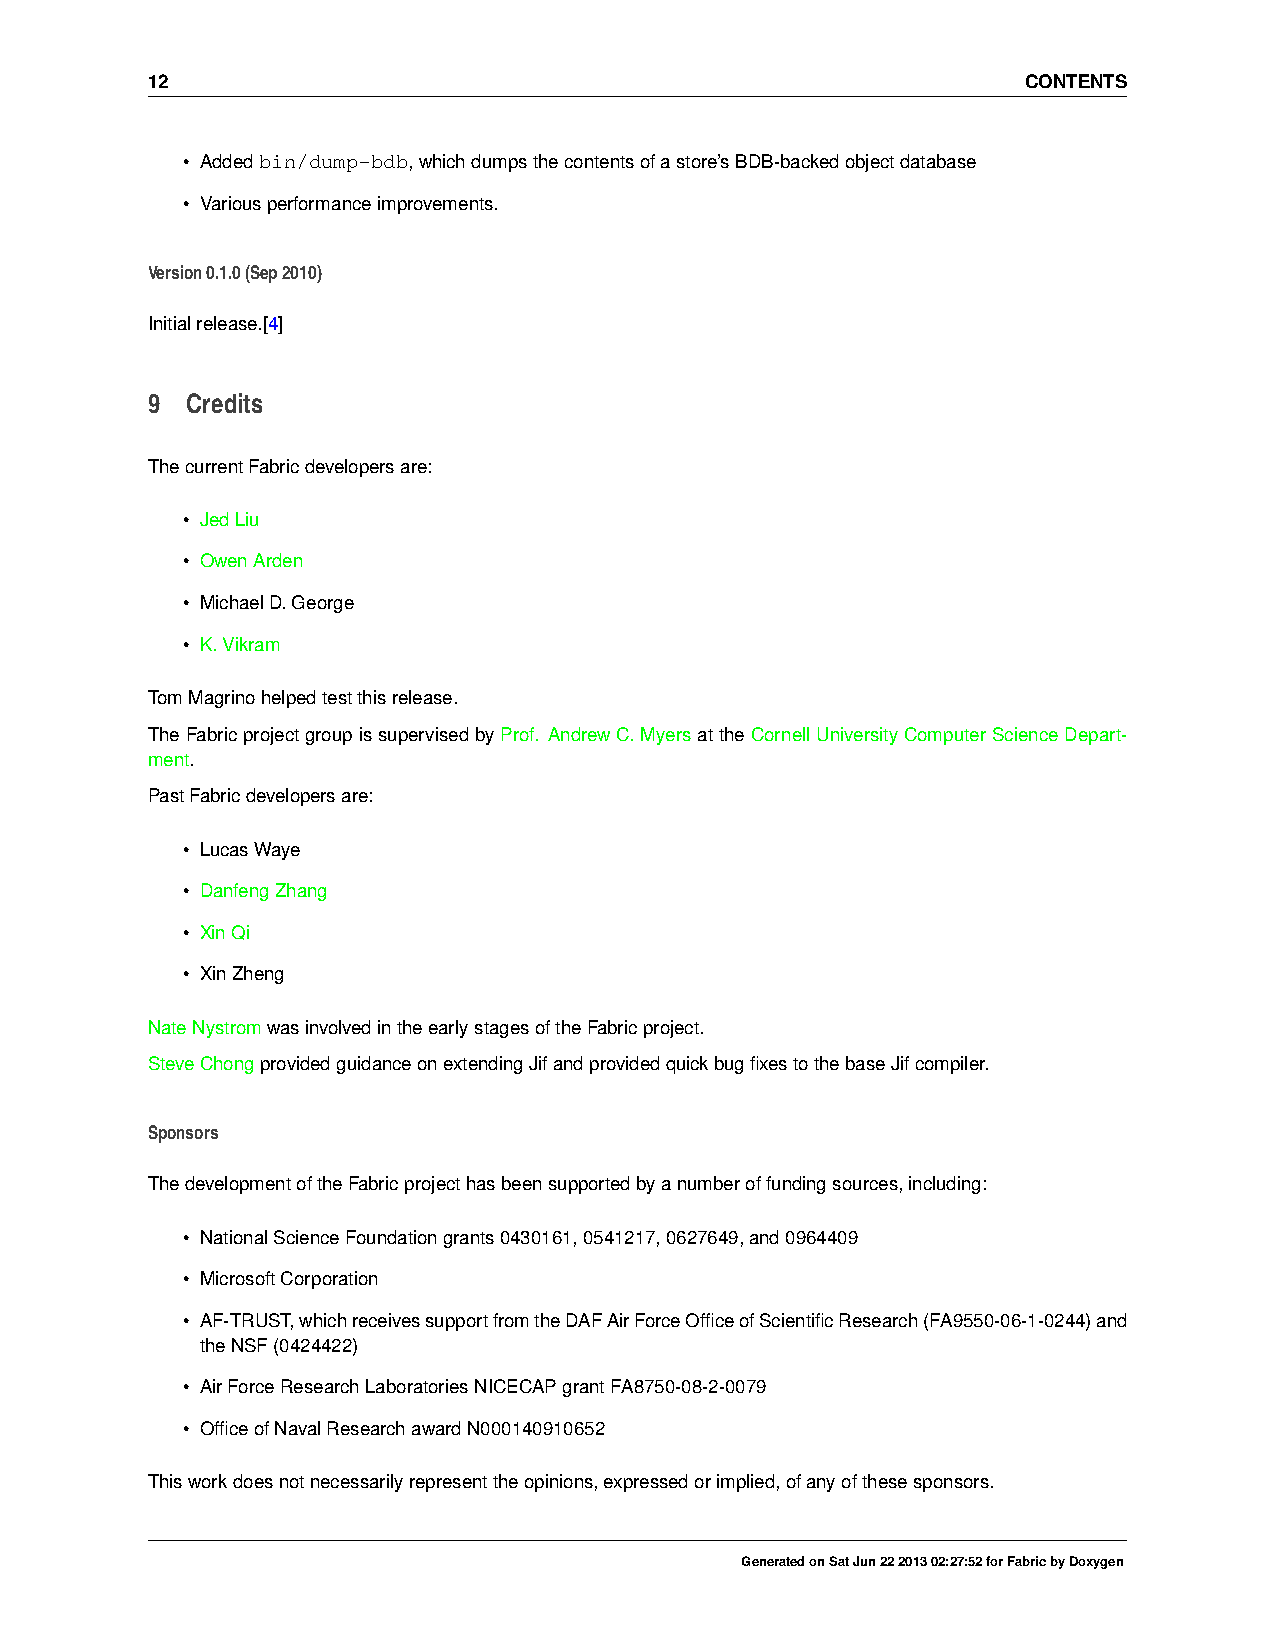
12                                                        CONTENTS
 • Addedbin/dump-bdb,whichdumpsthecontentsofastore’sBDB-backedobjectdatabase
 • Variousperformanceimprovements.
 Version0.1.0(Sep2010)
 Initialrelease.[4]
 9 Credits
 ThecurrentFabricdevelopersare:
 • JedLiu
 • OwenArden
 • MichaelD.George
 • K.Vikram
 TomMagrinohelpedtestthisrelease.
 TheFabricprojectgroupissupervisedbyProf. AndrewC.MyersattheCornellUniversityComputerScienceDepart-
 ment.
 PastFabricdevelopersare:
 • LucasWaye
 • DanfengZhang
 • XinQi
 • XinZheng
 NateNystromwasinvolvedintheearlystagesoftheFabricproject.
 SteveChongprovidedguidanceonextendingJifandprovidedquickbugfixestothebaseJifcompiler.
 Sponsors
 ThedevelopmentoftheFabricprojecthasbeensupportedbyanumberoffundingsources,including:
 • NationalScienceFoundationgrants0430161,0541217,0627649,and0964409
 • MicrosoftCorporation
 • AF-TRUST,whichreceivessupportfromtheDAFAirForceOfficeofScientificResearch(FA9550-06-1-0244)and
 theNSF(0424422)
 • AirForceResearchLaboratoriesNICECAPgrantFA8750-08-2-0079
 • OfficeofNavalResearchawardN000140910652
 Thisworkdoesnotnecessarilyrepresenttheopinions,expressedorimplied,ofanyofthesesponsors.
 GeneratedonSatJun22201302:27:52forFabricbyDoxygen